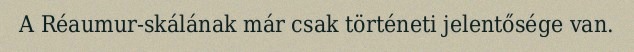
A Réaumur-skálának már csak történeti jelentősége van.